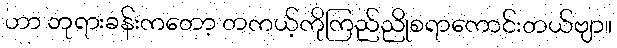
ဟာ ဘုရားခန်းကတော့ တကယ့်ကိုကြည်ညိုစရာကောင်းတယ်ဗျာ။